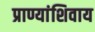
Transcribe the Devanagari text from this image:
प्राण्यांशिवाय